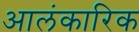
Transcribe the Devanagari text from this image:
आलंकारिक